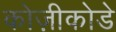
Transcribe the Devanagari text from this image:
कोज़ीकोडे